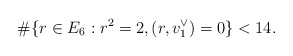
\begin{align*}\#\{r \in E_6 : r^2 = 2, (r,v_1^\vee) = 0\} < 14.\end{align*}